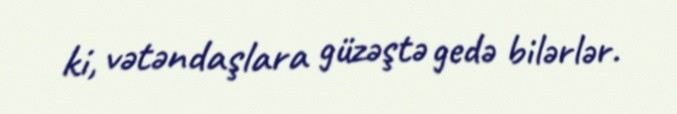
ki, vətəndaşlara güzəştə gedə bilərlər.